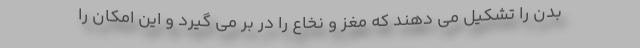
بدن را تشکیل می دهند که مغز و نخاع را در بر می گیرد و این امکان را